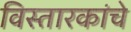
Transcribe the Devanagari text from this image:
विस्तारकांचे